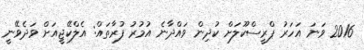
2016 ވަނަ އަހަރު ޕްރީސްކޫލަށް ކުދިން ވައްދާނެ އުމުރު ފުރާތައް: އެލްކޭޖީއަށް ވަދެވޭނީ